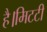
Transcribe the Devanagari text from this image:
है।मिटटी